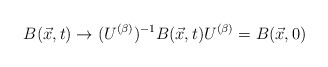
\begin{align*}B(\vec{x},t)\rightarrow (U^{(\beta)})^{-1} B(\vec{x},t) U^{(\beta)} =B(\vec{x},0)\end{align*}